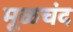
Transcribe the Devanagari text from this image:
मूळचंद